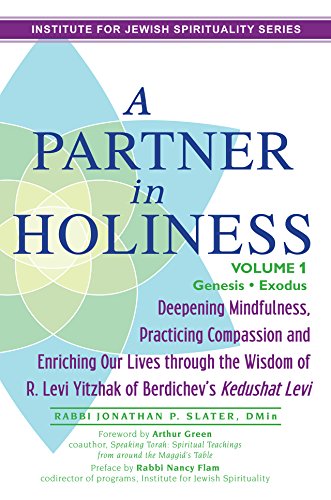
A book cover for A Partner in Holiness: Deepening Mindfulness, Practicing Compassion and Enriching Our Lives through the Wisdom of R. Levi Yitzhak of Berdichev's <em>Kedushat Levi</em>; Rabbi Jonathan P. Slater DMin; Religion & Spirituality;